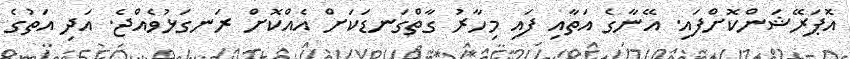
އޮޕަރޭޝަންކޮށްފައި. އޭނާގެ އަތާއި ފައި މިހާރު ގާތްގަނޑަކަށް އެއްކޮށް ރަނގަޅުވެއްޖެ. އަދި އަތުގެ